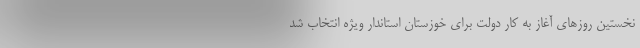
نخستین روزهای آغاز به کار دولت برای خوزستان استاندار ویژه انتخاب شد